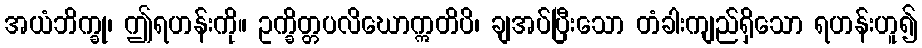
အယံဘိက္ခု၊ ဤရဟန်းကို။ ဥက္ခိတ္တပလိဃောဣတိပိ၊ ချအပ်ပြီးသော တံခါးကျည်ရှိသော ရဟန်းဟူ၍